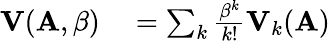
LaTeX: \begin{array}{rl}{\mathbf{V}(\mathbf{A},\beta)}&{{}=\sum_{k}\frac{\beta^{k}}{k!}\mathbf{V}_{k}(\mathbf{A})}\end{array}